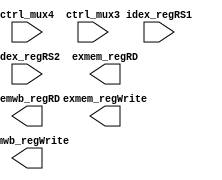
`timescale 1ns / 1ps
//////////////////////////////////////////////////////////////////////////////////
// Company: EECS 581 Team 11
// 
// Create Date: 
// Design Name: 
// Module Name: ex_ALU_frwd
// Project Name: 
// Target Devices: 
// Tool Versions: 
// Description: 
// 
// Dependencies: 
// 
// Revision:
// Revision 0.01 - File Created
// Additional Comments:
// 
//////////////////////////////////////////////////////////////////////////////////


module ex_ALU_frwd(
    input ctrl_mux4,
    input ctrl_mux3,
    input idex_regRS1,
    input idex_regRS2,
    output exmem_regRD,
    output exmem_regWrite,
    output memwb_regRD,
    output memwb_regWrite
    );
    
endmodule